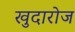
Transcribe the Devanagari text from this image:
खुदारोज